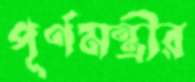
পূর্ণমন্ত্রীর